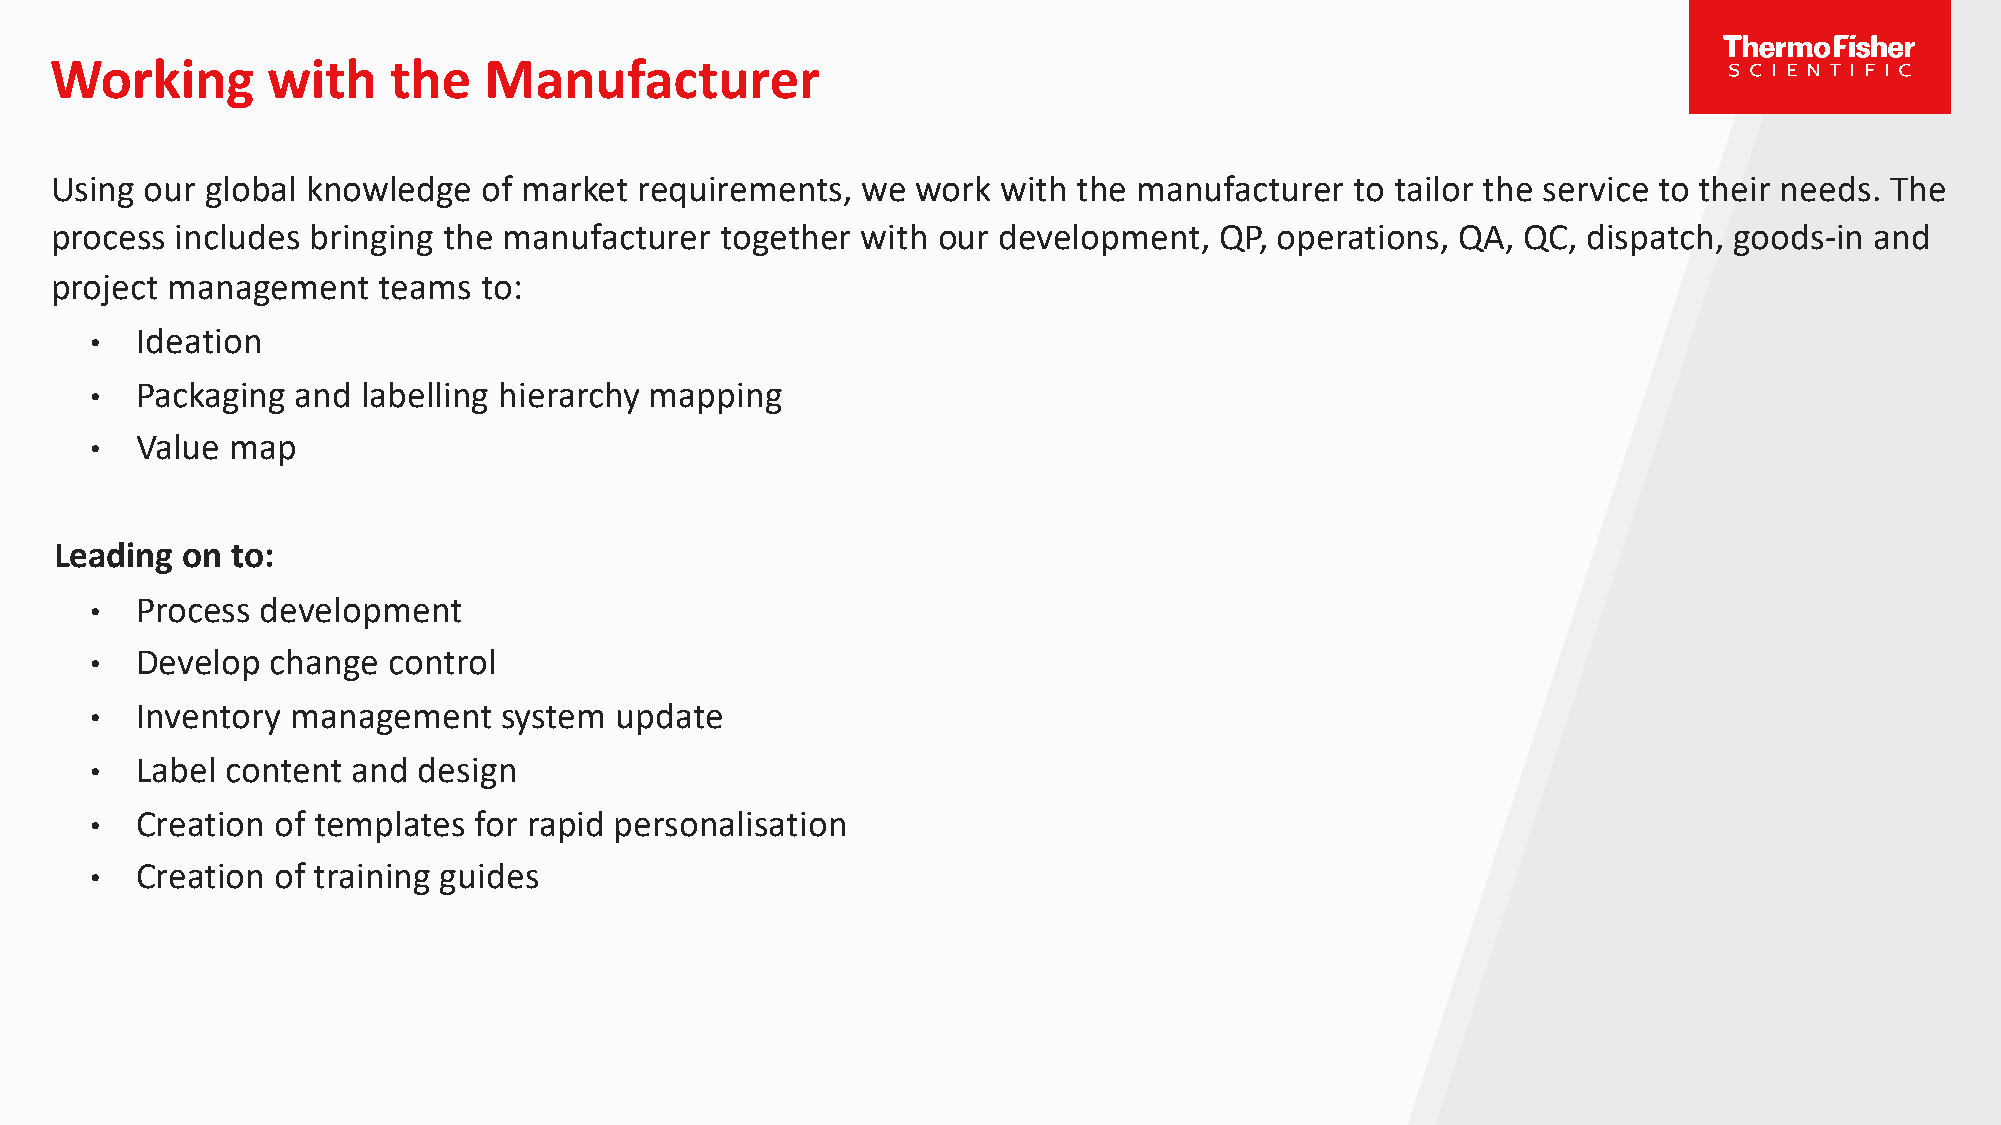
Working        with    the   Manufacturer
 Using  our global knowledge  of market requirements,  we  work with the manufacturer   to tailor the service to their needs. The
 process  includes bringing the manufacturer  together with our development,   QP, operations, QA, QC, dispatch, goods-in and
 project management    teams  to:
 •  Ideation
 •  Packaging  and labelling hierarchy mapping
 •  Value map
 Leading on to:
 •  Process development
 •  Develop  change  control
 •  Inventory management    system  update
 •  Label content and  design
 •  Creation of templates for rapid personalisation
 •  Creation of training guides